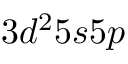
3 d ^ { 2 } 5 s 5 p